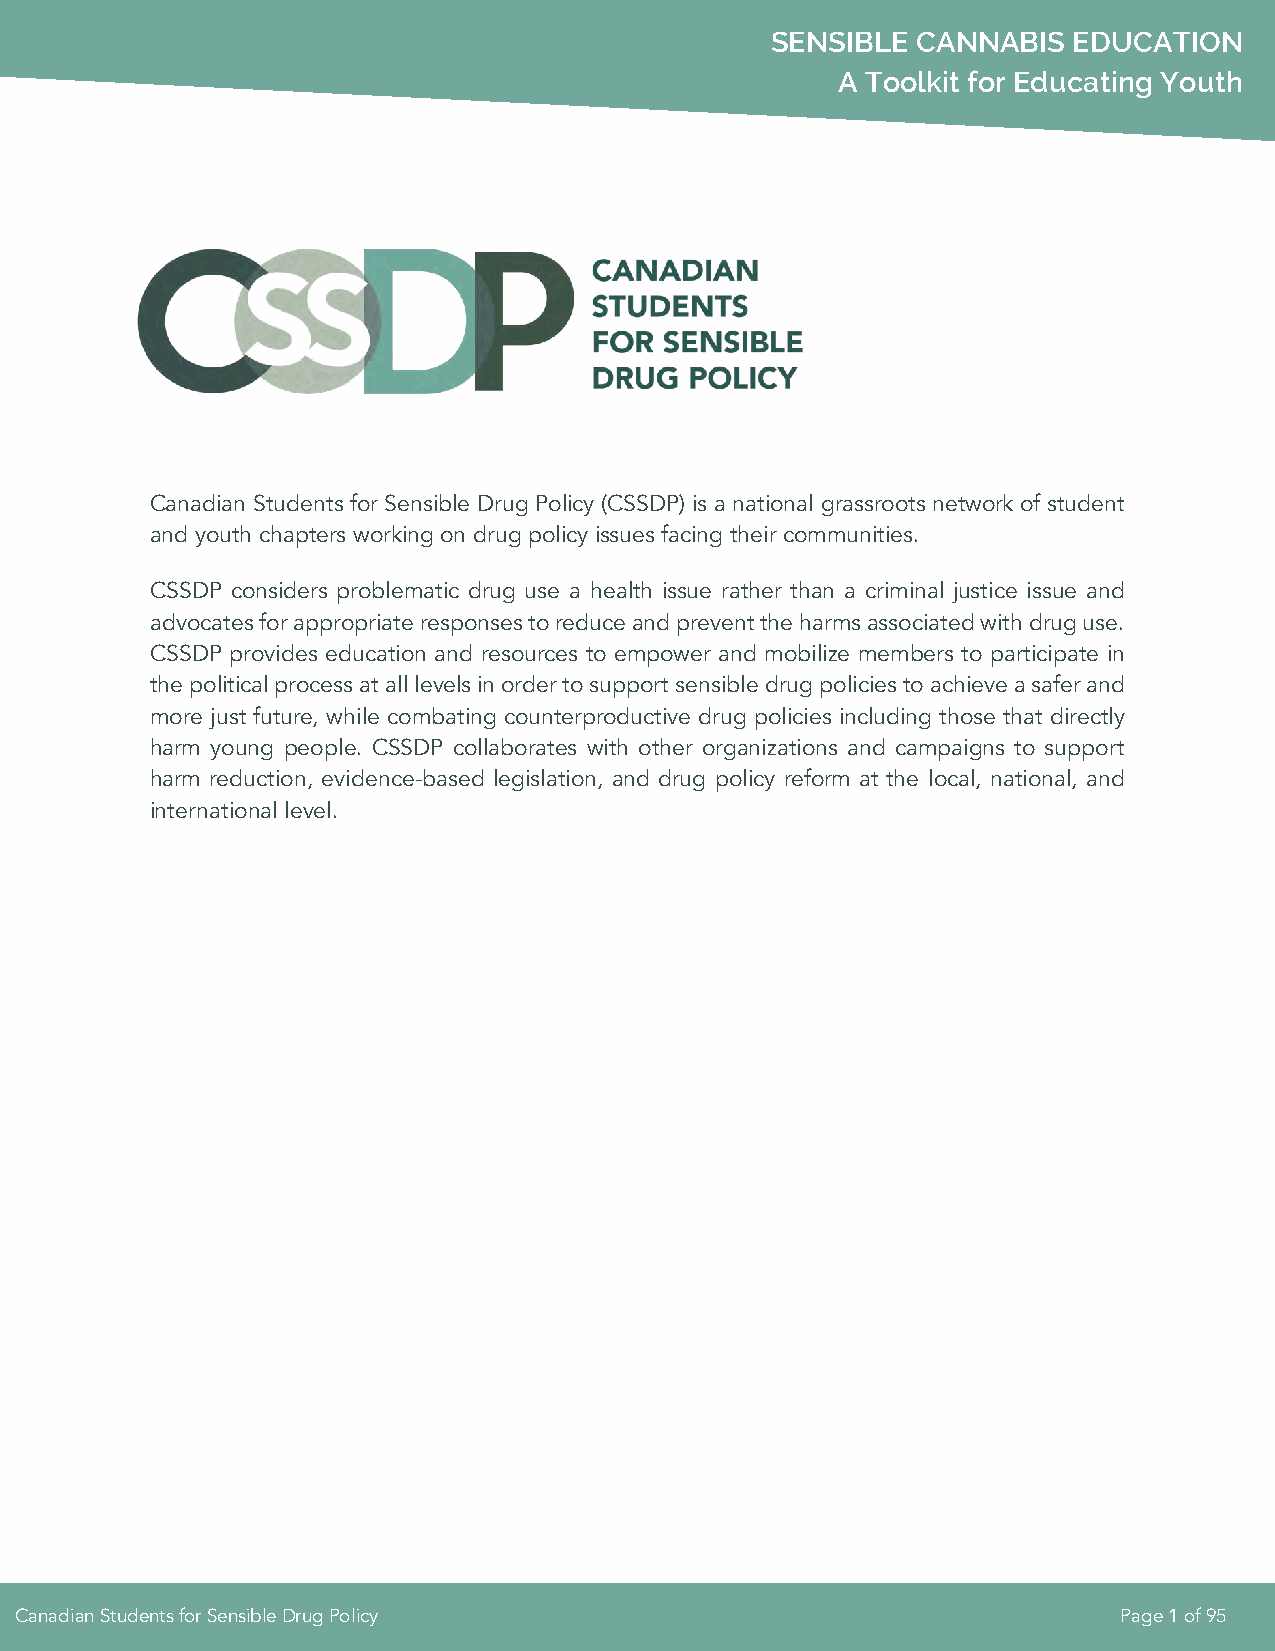
SENSIBLE  CANNABIS  EDUCATION
 A Toolkit for Educating Youth
 Canadian Students for Sensible Drug Policy (CSSDP) is a national grassroots network of student
 and youth chapters working on drug policy issues facing their communities.
 CSSDP considers problematic drug use a health issue rather than a criminal justice issue and
 advocates for appropriate responses to reduce and prevent the harms associated with drug use.
 CSSDP provides education and resources to empower and mobilize members to participate in
 the political process at all levels in order to support sensible drug policies to achieve a safer and
 more just future, while combating counterproductive drug policies including those that directly
 harm young people. CSSDP collaborates with other organizations and campaigns to support
 harm reduction, evidence-based legislation, and drug policy reform at the local, national, and
 international level.
 Canadian Students for Sensible Drug Policy                               Page 1 of 95